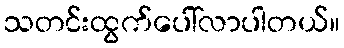
သတင်းထွက်ပေါ်လာပါတယ်။